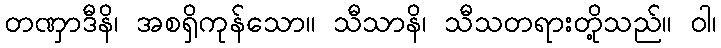
တဏှာဒီနိ၊ အစရှိကုန်သော။ သီသာနိ၊ သီသတရားတို့သည်။ ဝါ၊